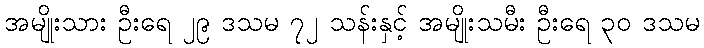
အမျိုးသား ဦးရေ ၂၉ ဒသမ ၇၂ သန်းနှင့် အမျိုးသမီး ဦးရေ ၃၀ ဒသမ